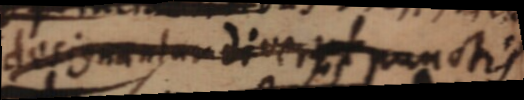
designantur diver punctis